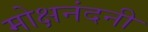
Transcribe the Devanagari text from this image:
मोक्षनंदनी